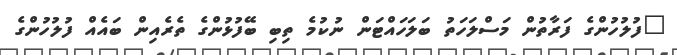
"ފުލުހުންގެ ފަރާތުން މަސްލަހަތު ބަލަަހައްޓަން ނުކުމެ ތިބި ބޭފުޅުންގެ ތެރެއިން ބައެއް ފުލުހުންގެ